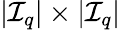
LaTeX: |\mathcal{I}_{q}|\times|\mathcal{I}_{q}|